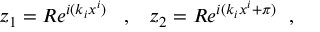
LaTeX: z _ { 1 } = R e ^ { i ( k _ { i } x ^ { i } ) } \; \; \; , \; \; \; z _ { 2 } = R e ^ { i ( k _ { i } x ^ { i } + \pi ) } \; \; ,